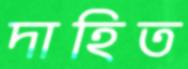
দাহিত